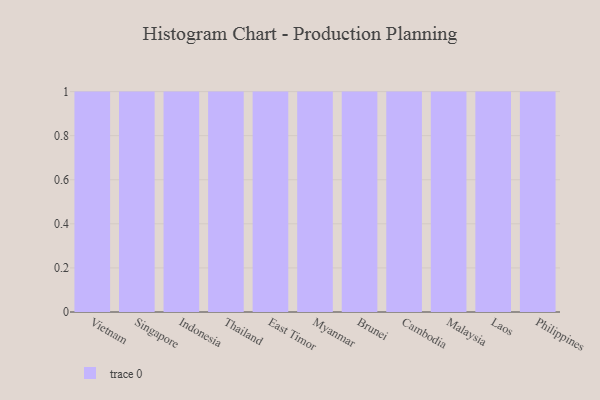
{"axis": {"x": "Country", "y": "Latency (ms)"}, "legend": [""], "data": [{"x": "Vietnam", "y": 1, "type": ""}, {"x": "Singapore", "y": 66, "type": ""}, {"x": "Indonesia", "y": 87, "type": ""}, {"x": "Thailand", "y": 75, "type": ""}, {"x": "East Timor", "y": 85, "type": ""}, {"x": "Myanmar", "y": 41, "type": ""}, {"x": "Brunei", "y": 22, "type": ""}, {"x": "Cambodia", "y": 36, "type": ""}, {"x": "Malaysia", "y": 20, "type": ""}, {"x": "Laos", "y": 54, "type": ""}, {"x": "Philippines", "y": 97, "type": ""}]}